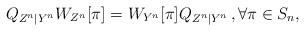
LaTeX: \begin{align*} Q_{Z^n|Y^n} W_{Z^n}[\pi] = W_{Y^n}[\pi] Q_{Z^n|Y^n}\,, \forall \pi \in S_n ,\end{align*}